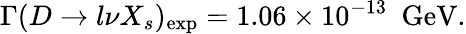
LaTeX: \Gamma(D\rightarrow l\nu X_{s})_{\mathrm{exp}}=1.06\times 10^{-13}\, \, \, \mathrm{GeV}.